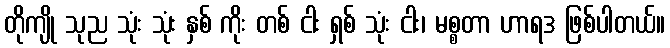
တိုကျို သုည သုံး သုံး နှစ် ကိုး တစ် ငါး ရှစ် သုံး ငါး၊ မစ္စတာ ဟာရဒ ဖြစ်ပါတယ်။